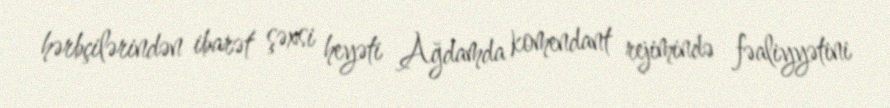
hərbçilərindən ibarət şəxsi heyəti Ağdamda komendant rejimində fəaliyyətini